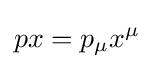
px=p_{\mu }x^{\mu }